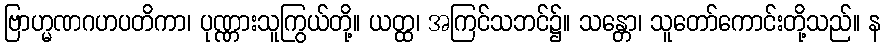
ဗြာဟ္မဏဂဟပတိကာ၊ ပုဏ္ဏားသူကြွယ်တို့။ ယတ္ထ၊ အကြင်သဘင်၌။ သန္တော၊ သူတော်ကောင်းတို့သည်။ န